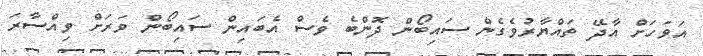
އަވަހަށް އާދޭ ތައްޔާރުވެގެން ސައިބޯން ދޮންބެ ވެސް އެބައިން ސައިބޯން ވަރަށް ވިއްސާރަ